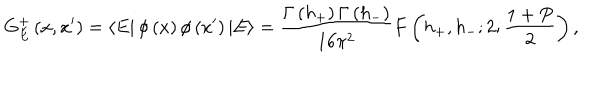
LaTeX: G _ { E } ^ { + } \left( x , x ^ { \prime } \right) = \left\langle E \right| \phi \left( x \right) \phi \left( x ^ { \prime } \right) \left| E \right\rangle = \frac { \Gamma \left( h _ { + } \right) \Gamma \left( h _ { - } \right) } { 1 6 \pi ^ { 2 } } F \left( h _ { + } , h _ { - } ; 2 ; \frac { 1 + P } { 2 } \right) ,